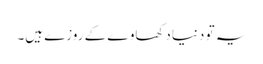
یہ تو دنیا دکھاوے کے روزے ہیں۔